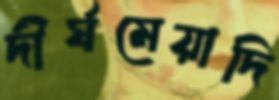
দীর্ঘমেয়াদি